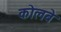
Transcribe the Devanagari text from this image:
कोलबे